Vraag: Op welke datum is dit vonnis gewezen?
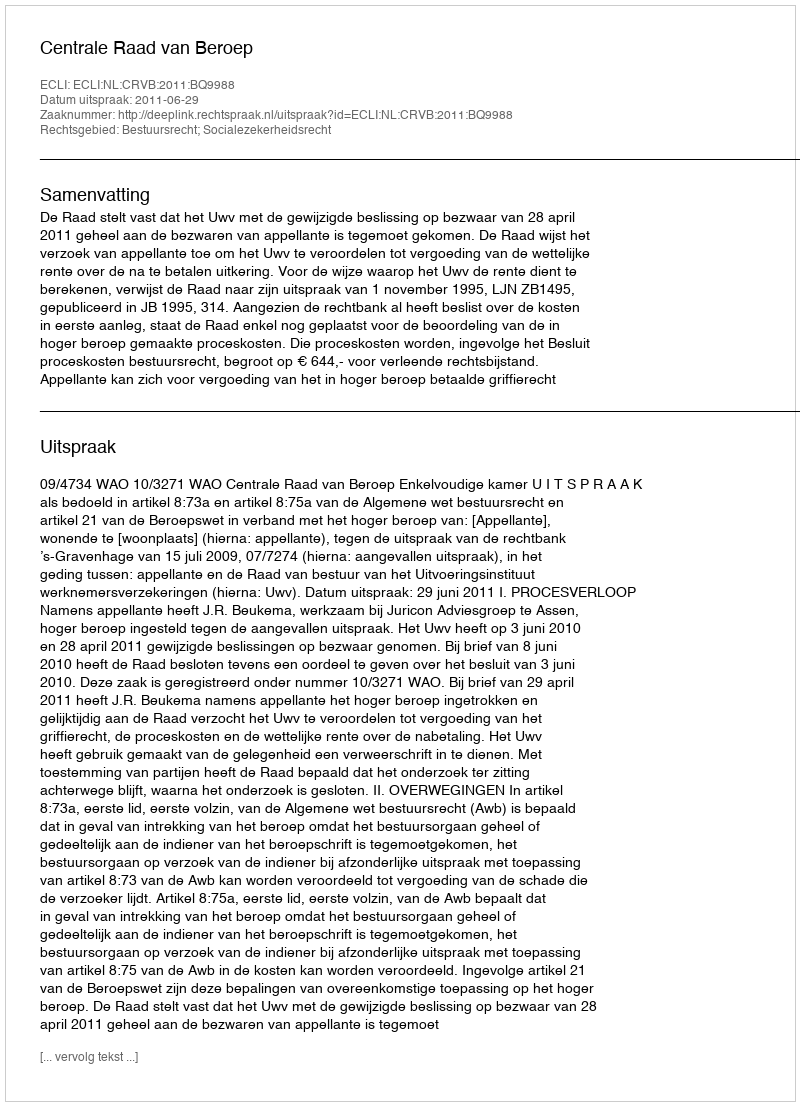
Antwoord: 2011-06-29